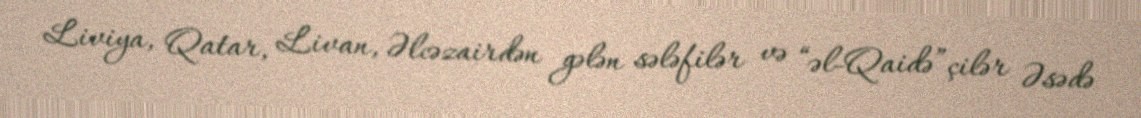
Liviya, Qatar, Livan, Əlcəzairdən gələn sələfilər və “əl-Qaidə”çilər Əsədə